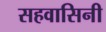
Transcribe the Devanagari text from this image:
सहवासिनी